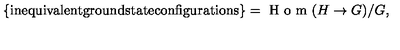
\{ \mathrm { i n e q u i v a l e n t g r o u n d s t a t e c o n f i g u r a t i o n s } \} = \textrm { H o m } ( H \rightarrow G ) / G ,